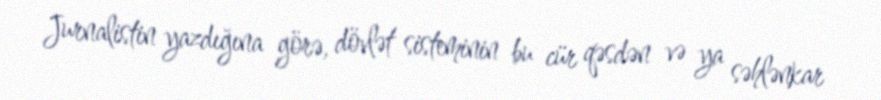
Jurnalistin yazdığına görə, dövlət sisteminin bu cür qəsdən və ya səhlənkar